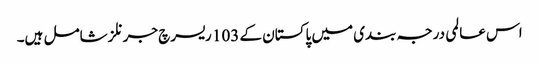
اس عالمی درجہ بندی میں پاکستان کے 103 ریسرچ جرنلز شامل ہیں۔